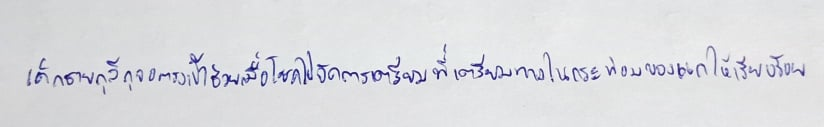
เด็กชายกุลีกุจอตรงเข้าช่วยเมื่อโชคไปจัดการเตรียมที่เตรียมทางในกระท่อมของแกให้เรียบร้อย